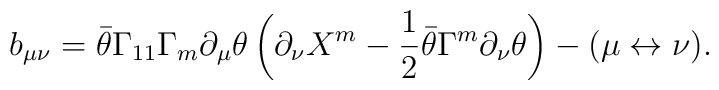
b_{\mu\nu} = \bar\theta \Gamma_{11} \Gamma_m \partial_{\mu}\theta \left(\partial_{\nu} X^m - {1\over 2} \bar\theta \Gamma^m \partial_{\nu}\theta\right) - (\mu \leftrightarrow \nu).